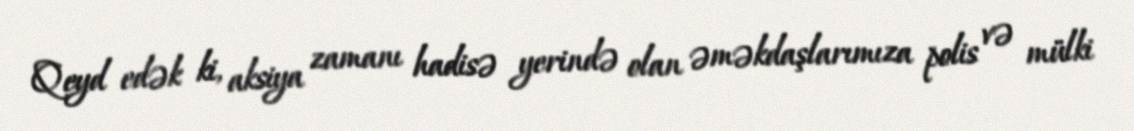
Qeyd edək ki, aksiya zamanı hadisə yerində olan əməkdaşlarımıza polis və mülki